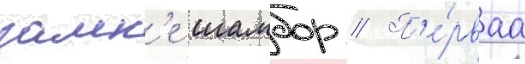
замк'е шамбор // П'е́рваа